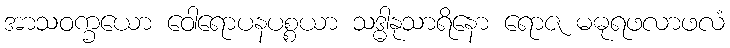
အာသဝက္ခယော ဝေါရောပနပစ္စယာ သဒ္ဓါနုသာရိနော ရောဇ မဓုရဖလာဖလံ